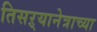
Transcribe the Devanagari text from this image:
तिसऱ्यानेत्राच्या